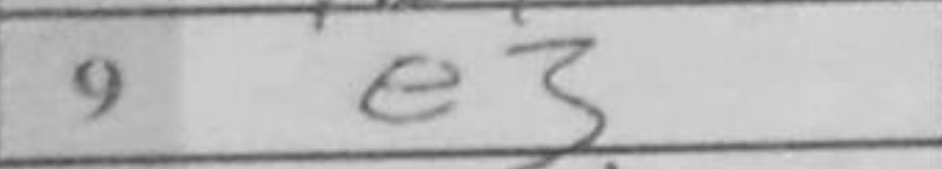
Transcription: e3